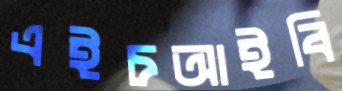
এইচআইবি